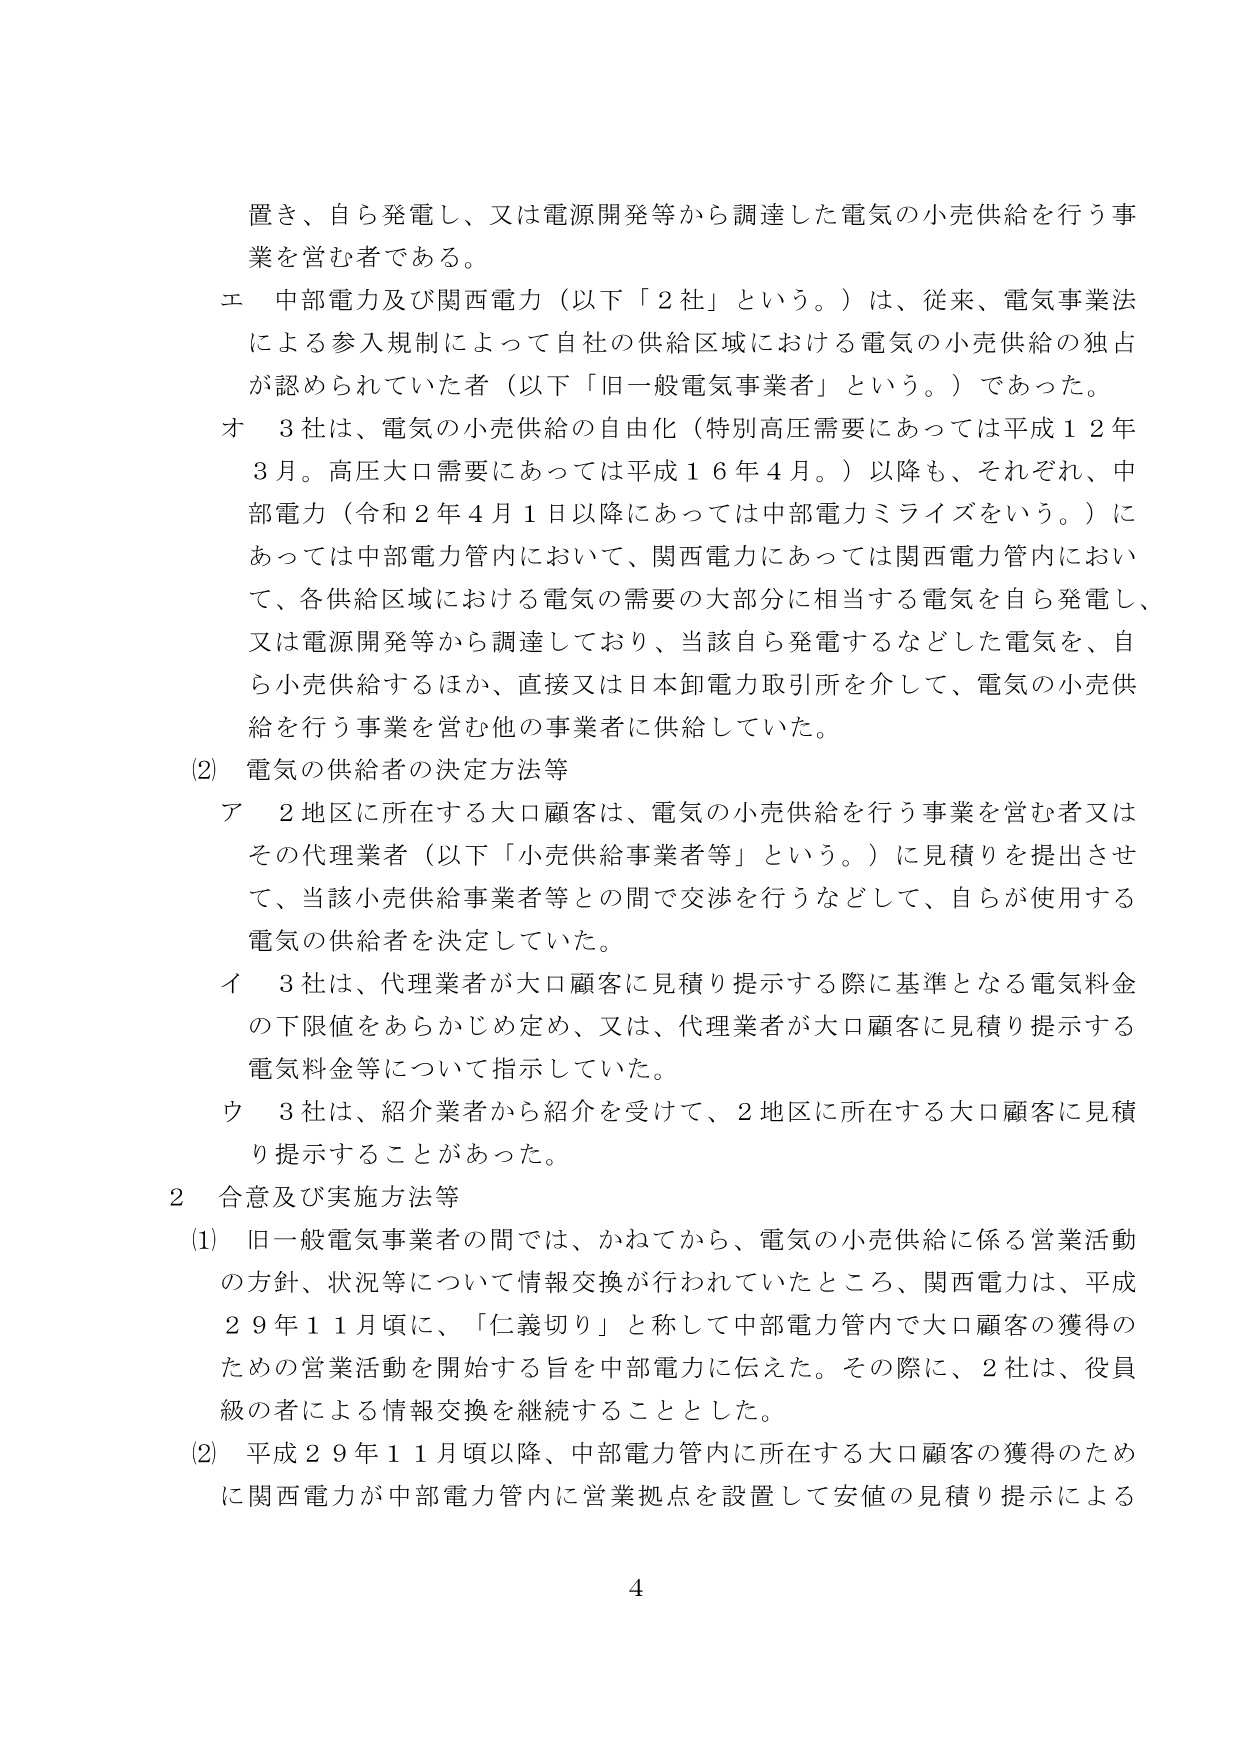
置き、自ら発電し、又は電源開発等から調達した電気の小売供給を行う事業を営む者である。

エ 中部電力及び関西電力（以下「2社」という。）は、従来、電気事業法による参入規制によって自社の供給区域における電気の小売供給の独占が認められていた者（以下「旧一般電気事業者」という。）であった。

オ 3社は、電気の小売供給の自由化（特別高圧需要にあっては平成12年3月。高圧大口需要にあっては平成16年4月。）以降も、それぞれ、中部電力（令和2年4月1日以降にあっては中部電力ミライズをいう。）にあっては中部電力管内において、関西電力にあっては関西電力管内において、各供給区域における電気の需要の大部分に相当する電気を自ら発電し、又は電源開発等から調達しており、当該自ら発電するなどした電気を、自ら小売供給するほか、直接又は日本卸電力取引所を介して、電気の小売供給を行う事業を営む他の事業者に供給していた。

(2) 電気の供給者の決定方法等

ア 2地区に所在する大口顧客は、電気の小売供給を行う事業を営む者又はその代理業者（以下「小売供給事業者等」という。）に見積りを提出させて、当該小売供給事業者等との間で交渉を行うなどして、自らが使用する電気の供給者を決定していた。

イ 3社は、代理業者が大口顧客に見積り提示する際に基準となる電気料金の下限値をあらかじめ定め、又は、代理業者が大口顧客に見積り提示する電気料金等について指示していた。

ウ 3社は、紹介業者から紹介を受けて、2地区に所在する大口顧客に見積り提示することがあった。

2 合意及び実施方法等

(1) 旧一般電気事業者の間では、かねてから、電気の小売供給に係る営業活動の方針、状況等について情報交換が行われていたところ、関西電力は、平成29年11月頃に、「仁義切り」と称して中部電力管内で大口顧客の獲得のための営業活動を開始する旨を中部電力に伝えた。その際に、2社は、役員級の者による情報交換を継続することとした。

(2) 平成29年11月頃以降、中部電力管内に所在する大口顧客の獲得のために関西電力が中部電力管内に営業拠点を設置して安値の見積り提示による

4